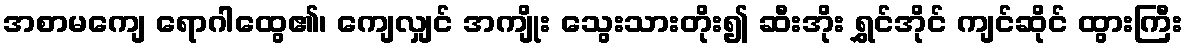
အစာမကျေ ရောဂါထွေ၏၊ ကျေလျှင် အကျိုး သွေးသားတိုး၍ ဆီးအိုး ရွှင်အိုင် ကျင်ဆိုင် ထွားကြီး